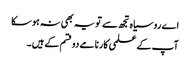
اے روسیاہ تجھ سے تو یہ بھی نہ ہوسکا
آپ کے علمی کارنامے دو قسم کے ہیں۔